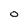
Character: O